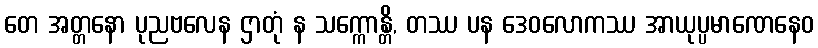
တေ အတ္တနော ပုညဗလေန ဌာတုံ န သက္ကောန္တိ, တဿ ပန ဒေဝလောကဿ အာယုပ္ပမာဏေနေဝ